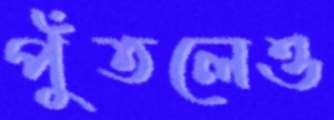
পুঁতলেও